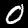
Digit: 0